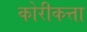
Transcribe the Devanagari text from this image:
कोरीकत्ता